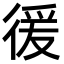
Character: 㣪